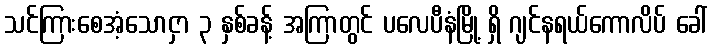
သင်ကြားစေအံ့သောငှာ ၃ နှစ်ခန့် အကြာတွင် ပလေပီနံမြို့ ရှိ ဂျင်နရယ်ကောလိပ် ခေါ်